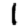
Digit: 1